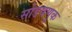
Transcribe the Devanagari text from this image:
सोडवणुक